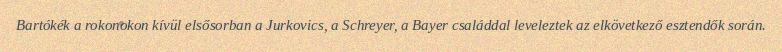
Bartókék a rokonokon kívül elsősorban a Jurkovics, a Schreyer, a Bayer családdal leveleztek az elkövetkező esztendők során.